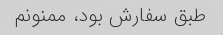
طبق سفارش بود، ممنونم